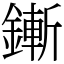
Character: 鏩